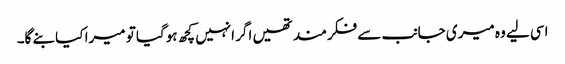
اسی لیے وہ میری جانب سے فکرمند تھیں اگر انہیں کچھ ہوگیا تو میرا کیا بنے گا۔